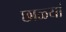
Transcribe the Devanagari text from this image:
छाळ्यां